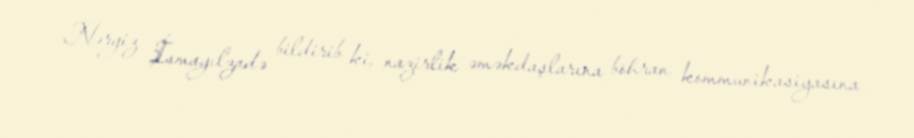
Nərgiz İsmayılzadə bildirib ki, nazirlik əməkdaşlarına böhran kommunikasiyasına